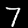
Label: 7